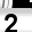
Digit: 2